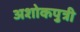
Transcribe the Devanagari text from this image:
अशोकपुत्री